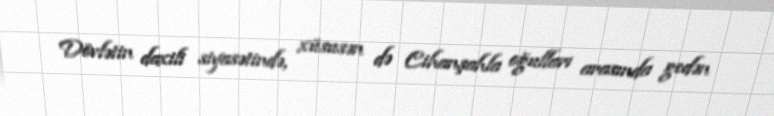
Dövlətin daxili siyasətində, xüsusən də Cihanşahla oğulları arasında gedən